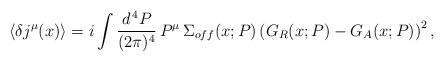
LaTeX: \begin{align*}\langle \delta j^\mu (x) \rangle = i \int \frac{d^{\, 4} P}{(2 \pi)^4} \, P^\mu \, \Sigma_{off} (x; P) \left( G_R (x; P) - G_A (x; P) \right)^2 , \end{align*}